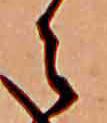
ら